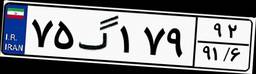
۹۰گ۳۵۰۵۸